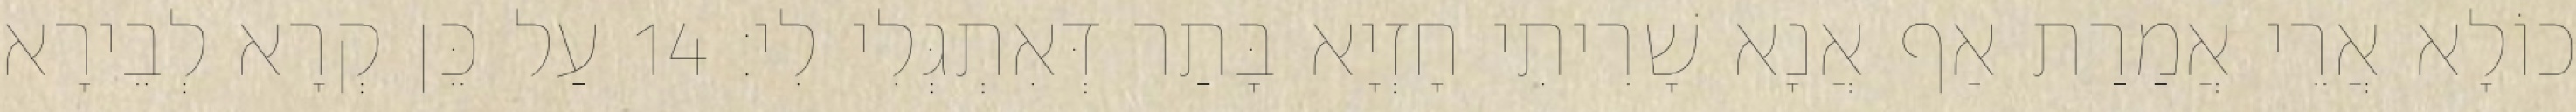
כוֹלָא אֲרֵי אֲמַרַת אַף אֲנָא שָׁרִיתִי חָזְיָא בָּתַר דְּאִתְגְּלִי לִי׃ 14 עַל כֵּן קְרָא לְבֵירָא